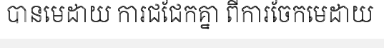
បានមេដាយ ការជជែកគ្នា ពីការចែកមេដាយ